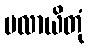
ပလာယိတုံ